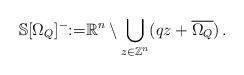
\begin{align*}{\mathbb{S}} [\Omega_Q]^{-}{:=} {\mathbb{R}}^{n}\setminus\bigcup_{z\in{\mathbb{Z}}^{n} }(qz+\overline{\Omega_Q})\, .\end{align*}